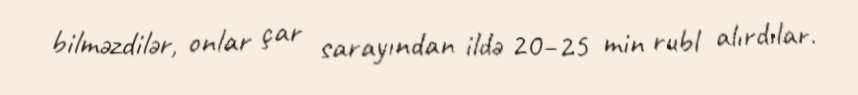
bilməzdilər, onlar çar sarayından ildə 20–25 min rubl alırdılar.